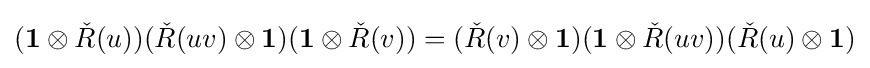
(\mathbf {1} \otimes {\check {R}}(u))({\check {R}}(uv)\otimes \mathbf {1} )(\mathbf {1} \otimes {\check {R}}(v))=({\check {R}}(v)\otimes \mathbf {1} )(\mathbf {1} \otimes {\check {R}}(uv))({\check {R}}(u)\otimes \mathbf {1} )